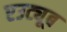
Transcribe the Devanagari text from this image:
एउट्यूब